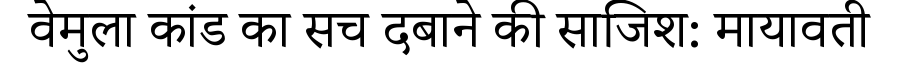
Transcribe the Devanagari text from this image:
वेमुला कांड का सच दबाने की साजिश: मायावती